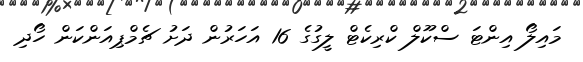
މައިލޯ އިންޓަ ސްކޫލް ކްރިކެޓް ލީގުގެ 16 އަހަރުން ދަށު ޗެމްޕިއަންކަން ހޯދި